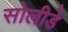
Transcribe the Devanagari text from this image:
सोलीडे